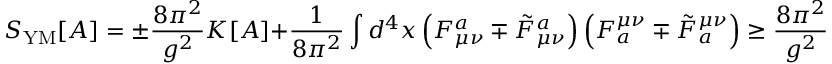
S _ { \mathrm { Y M } } [ A ] = \pm \frac { 8 \pi ^ { 2 } } { g ^ { 2 } } K [ A ] + \frac { 1 } { 8 \pi ^ { 2 } } \int d ^ { 4 } x \left( F _ { \mu \nu } ^ { a } \mp \tilde { F } _ { \mu \nu } ^ { a } \right) \left( F _ { a } ^ { \mu \nu } \mp \tilde { F } _ { a } ^ { \mu \nu } \right) \geq \frac { 8 \pi ^ { 2 } } { g ^ { 2 } } \left| K [ A ] \right| \, .